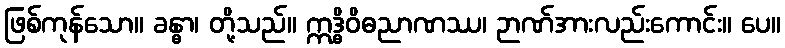
ဖြစ်ကုန်သော။ ခန္ဓာ၊ တို့သည်။ ဣဒ္ဓိဝိဓညာဏဿ၊ ဉာဏ်အားလည်းကောင်း။ ပေ။